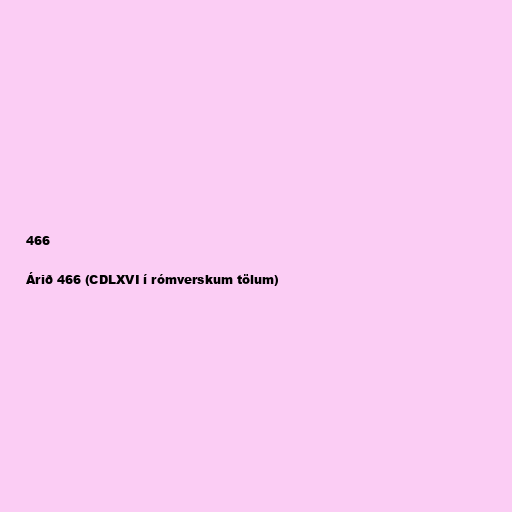
466

Árið 466 (CDLXVI í rómverskum tölum)